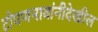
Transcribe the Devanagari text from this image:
टोपणनावांनीदेखील